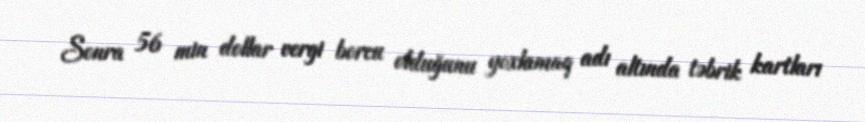
Sonra 56 min dollar vergi borcu olduğunu yoxlamaq adı altında təbrik kartları